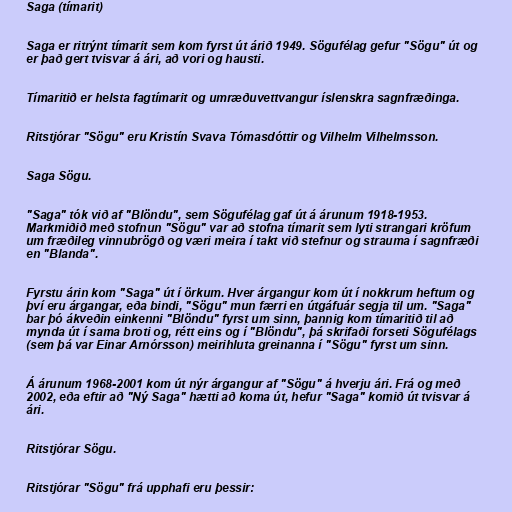
Saga (tímarit)

Saga er ritrýnt tímarit sem kom fyrst út árið 1949. Sögufélag gefur "Sögu" út og
er það gert tvisvar á ári, að vori og hausti.

Tímaritið er helsta fagtímarit og umræðuvettvangur íslenskra sagnfræðinga.

Ritstjórar "Sögu" eru Kristín Svava Tómasdóttir og Vilhelm Vilhelmsson.

Saga Sögu.

"Saga" tók við af "Blöndu", sem Sögufélag gaf út á árunum 1918-1953.
Markmiðið með stofnun "Sögu" var að stofna tímarit sem lyti strangari kröfum
um fræðileg vinnubrögð og væri meira í takt við stefnur og strauma í sagnfræði
en "Blanda".

Fyrstu árin kom "Saga" út í örkum. Hver árgangur kom út í nokkrum heftum og
því eru árgangar, eða bindi, "Sögu" mun færri en útgáfuár segja til um. "Saga"
bar þó ákveðin einkenni "Blöndu" fyrst um sinn, þannig kom tímaritið til að
mynda út í sama broti og, rétt eins og í "Blöndu", þá skrifaði forseti Sögufélags
(sem þá var Einar Arnórsson) meirihluta greinanna í "Sögu" fyrst um sinn.

Á árunum 1968-2001 kom út nýr árgangur af "Sögu" á hverju ári. Frá og með
2002, eða eftir að "Ný Saga" hætti að koma út, hefur "Saga" komið út tvisvar á
ári.

Ritstjórar Sögu.

Ritstjórar "Sögu" frá upphafi eru þessir: